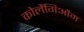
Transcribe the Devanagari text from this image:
कोलैंगिऔम